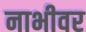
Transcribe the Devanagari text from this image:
नाभीवर